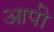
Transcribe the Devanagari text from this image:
आपो॑